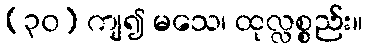
(၃၀) ကျ၍ မသေ၊ ထုလ္လစ္စည်း။